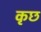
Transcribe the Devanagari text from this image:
कृछ